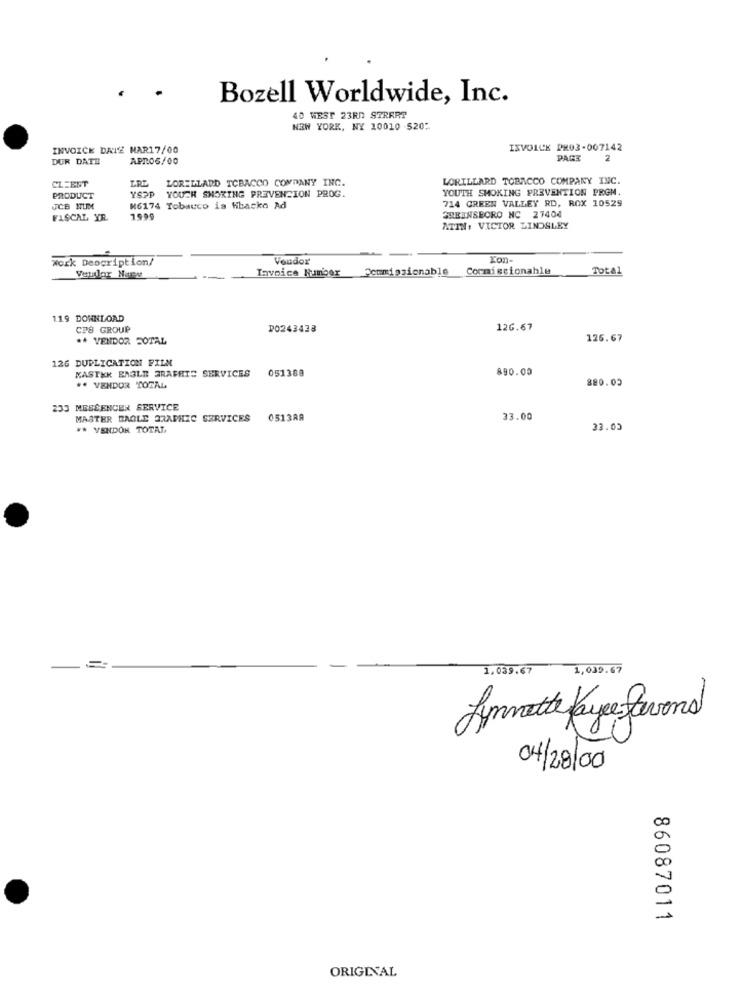
Bozell Worldwide, Inc.
40 WEST 23RD STREET
NEW YORK, NY 10010 520"
INVOICE DATE MAR17/00
IXVOLLE PRO3-007142
DUR DATE
APRO6/00
PAGE
2
CLEEST
LORILLARD TOBACCO COMPANY INC.
LORILLARD TOBACCO COMPANY INC.
YSAP
YOUTH SMOKING PREVENTION PROM.
PRODUCT
YOUTH SNORING PREVENCION PROG.
714 GREEN VALLEY RD, ROX 10529
JCB NUM
M6174 Tobauco is Hbacko Ad
FISCAL YR.
1999
GREENSBORO NC 27404
ATIN: VICTOR LINDSLEY
work Description/
Vendor
Fon
Invoice Number >emmissionable
Commissionable
Total
Vanilor Nare
-
119 DOWNLOAD
CF8 GROUP
P0243428
126.67
.A VENDOR FOTAL
125.67
126 DUPLICATION FILM
KASTKK EAGLE FRAFHIS SERVICES
051388
890.00
880.05
#* VENDOR TOTAL
233 MESSENGER SERVICE
MASTER EAGLE GRAPHIC SERVICES
0513RA
33.00
** VENDON TOTAL
33.05
1,039.67
1,039.67
Lynnette ayer avons
04/28/00
50
00
86087011
ORIGINAL